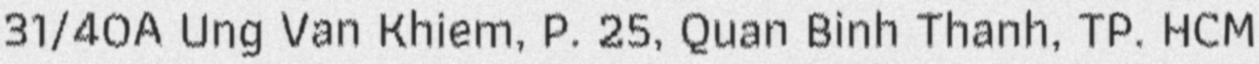
31/40A Ung Van Khiem, P. 25, Quan Binh Thanh, TP. HCM